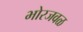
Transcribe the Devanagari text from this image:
भोरजवळ